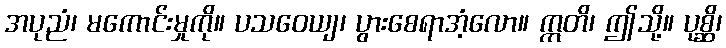
အပုညံ၊ မကောင်းမှုကို။ ပသဝေယျ၊ ပွားစေရာအံ့လော။ ဣတိ၊ ဤသို့။ ပုစ္ဆိ၊